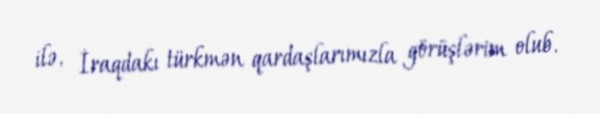
ilə, İraqdakı türkmən qardaşlarımızla görüşlərim olub.